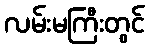
လမ်းမကြီးတွင်